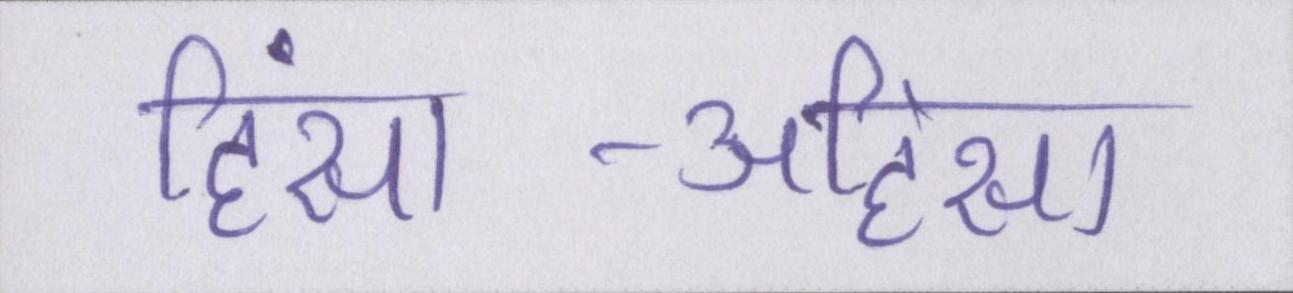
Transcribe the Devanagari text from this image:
हिंसा-अहिंसा